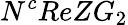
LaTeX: N^{c}ReZG_{2}